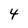
Character: 4